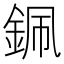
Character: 𨦨